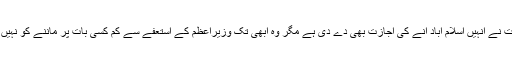
حکومت نے انہیں اسلام آباد آنے کی اجازت بھی دے دی ہے مگر وہ ابھی تک وزیراعظم کے استعفے سے کم کسی بات پر ماننے کو نہیں آرہے۔